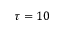
\tau = 1 0